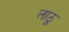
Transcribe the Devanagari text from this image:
लाठू